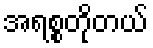
အရစ္စတိုတယ်